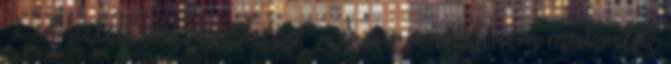
1 Üzleti terv másképp - Avagy miért nem működik